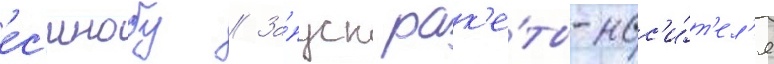
ес'инобу // За́пуск рак'е́ты-нос'и́т'ел'я